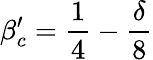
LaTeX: \beta_{c}^{\prime}=\frac{1}{4}-\frac{\delta}{8}